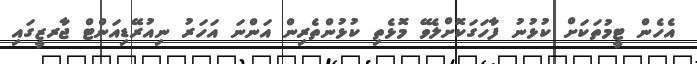
އެހެން ޓީމުތަކަށް ކުޅުނު ފާހަގަކޮށްލެވޭ މޮޅެތި ކުޅުންތެރިން އަންނަ އަހަރު ނިއުރޭޑިއަންޓް ޖާރޒީގައި